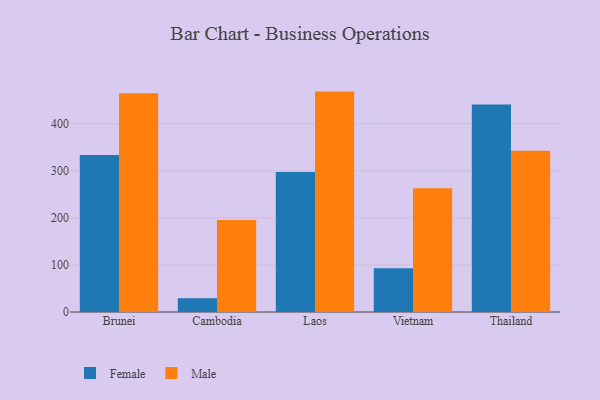
{"axis": {"x": "Country", "y": "Population (Million)"}, "legend": ["Female", "Male"], "data": [{"x": "Brunei", "y": 333.5, "type": "Female"}, {"x": "Brunei", "y": 464.5, "type": "Male"}, {"x": "Cambodia", "y": 29.2, "type": "Female"}, {"x": "Cambodia", "y": 195.2, "type": "Male"}, {"x": "Laos", "y": 297.5, "type": "Female"}, {"x": "Laos", "y": 468.0, "type": "Male"}, {"x": "Vietnam", "y": 93.1, "type": "Female"}, {"x": "Vietnam", "y": 262.9, "type": "Male"}, {"x": "Thailand", "y": 440.7, "type": "Female"}, {"x": "Thailand", "y": 342.3, "type": "Male"}]}